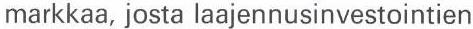
markkaa, josta laajennusinvestointien